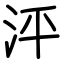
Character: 泙